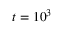
t = 1 0 ^ { 3 }